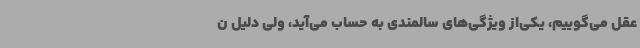
عقل می‌گوییم، یکی‌از ویژگی‌های سالمندی به حساب می‌آید، ولی دلیل ن